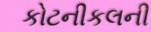
કોટનીકલની